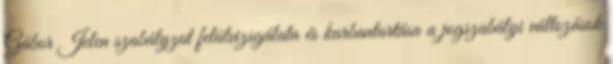
Gábor Jelen szabályzat felülvizsgálata és karbantartása a jogszabályi változások